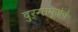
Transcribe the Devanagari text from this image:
दुर्गापूजेचे